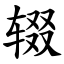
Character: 辍